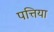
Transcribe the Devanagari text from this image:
पत्तिया